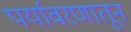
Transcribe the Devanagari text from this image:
पर्यावरणातून